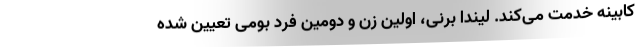
کابینه خدمت می‌کند. لیندا برنی، اولین زن و دومین فرد بومی تعیین شده